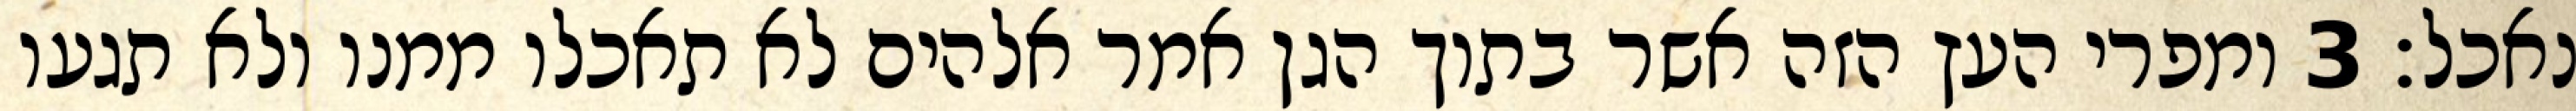
נאכל׃ ‎3‏ ומפרי העץ הזה אשר בתוך הגן אמר אלהים לא תאכלו ממנו ולא תגעו